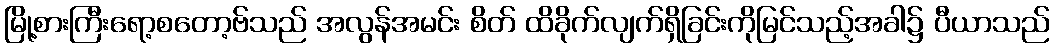
မြို့စားကြီးရော့စတော့ဗ်သည် အလွန်အမင်း စိတ် ထိခိုက်လျက်ရှိခြင်းကိုမြင်သည့်အခါ၌ ပီယာသည်